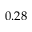
0 . 2 8